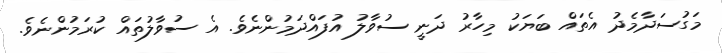
މަގުސަދާމެދު އެތައް ބަޔަކު މިހާރު ދަނީ ސުވާލު އުފައްދަމުންނެވެ. އެ ސުވާލުތައް ކުރަމުންނެވެ.